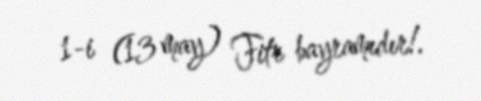
1-i (13 may) Fitr bayramıdır!.